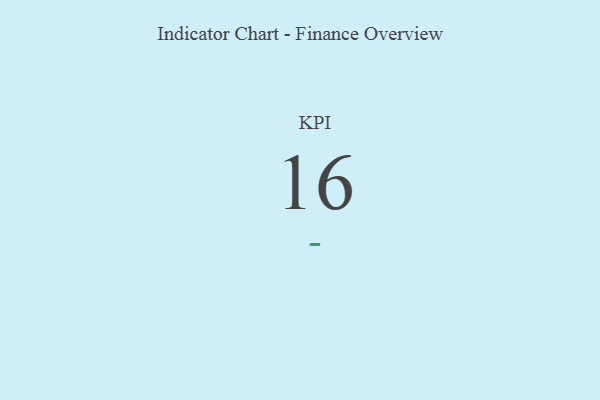
{"axis": {"x": "KPI", "y": "Value"}, "legend": [""], "data": [{"x": "KPI", "y": 16, "type": ""}]}